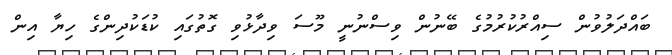
ބައްދަލުވުން ސިއްރުކުރުމުގެ ބޭނުން ވިސްނުނީ މޫސަ ވިދާޅުވި ގޮތުގައި ކުޑަކުދިންގެ ހިޔާ އިން